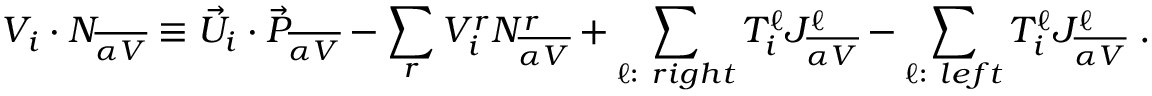
V _ { i } \cdot { \cal N } _ { \overline { { { \alpha V } } } } \equiv { \vec { U } } _ { i } \cdot { \vec { P } } _ { \overline { { { \alpha V } } } } - \sum _ { r } V _ { i } ^ { r } N _ { \overline { { { \alpha V } } } } ^ { r } + \sum _ { \ell : ~ r i g h t } T _ { i } ^ { \ell } J _ { \overline { { { \alpha V } } } } ^ { \ell } - \sum _ { \ell : ~ l e f t } T _ { i } ^ { \ell } J _ { \overline { { { \alpha V } } } } ^ { \ell } ~ .